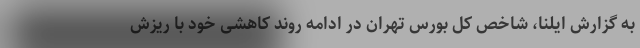
به گزارش ایلنا، شاخص کل بورس تهران در ادامه روند کاهشی خود با ریزش